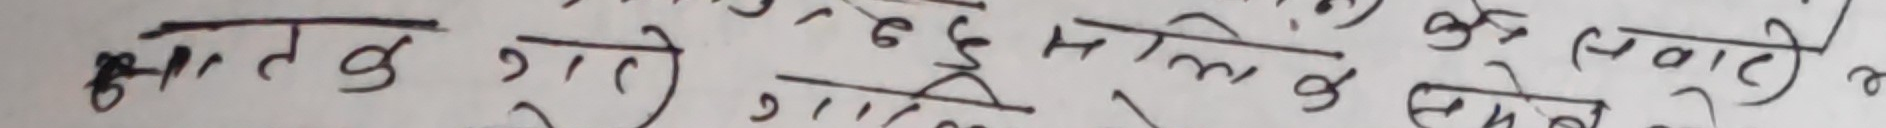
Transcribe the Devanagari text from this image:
भागवत गते १/३ मिले ६ के सवाल